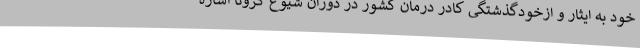
خود به ایثار و ازخودگذشتگی کادر درمان کشور در دوران شیوع کرونا اشاره